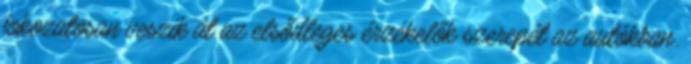
fokozatosan veszik át az elsődleges érzékelők szerepét az autókban.